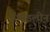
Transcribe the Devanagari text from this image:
एथाइलीन